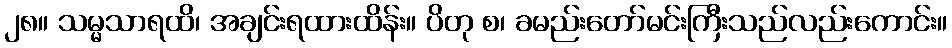
၂၈။ သမ္မသာရထိ၊ အချင်းရထားထိန်း။ ပိတု စ၊ ခမည်းတော်မင်းကြီးသည်လည်းကောင်း။